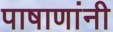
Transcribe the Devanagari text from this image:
पाषाणांनी